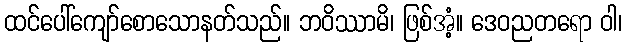
ထင်ပေါ်ကျော်စောသောနတ်သည်။ ဘဝိဿာမိ၊ ဖြစ်အံ့။ ဒေဝညတရော ဝါ၊